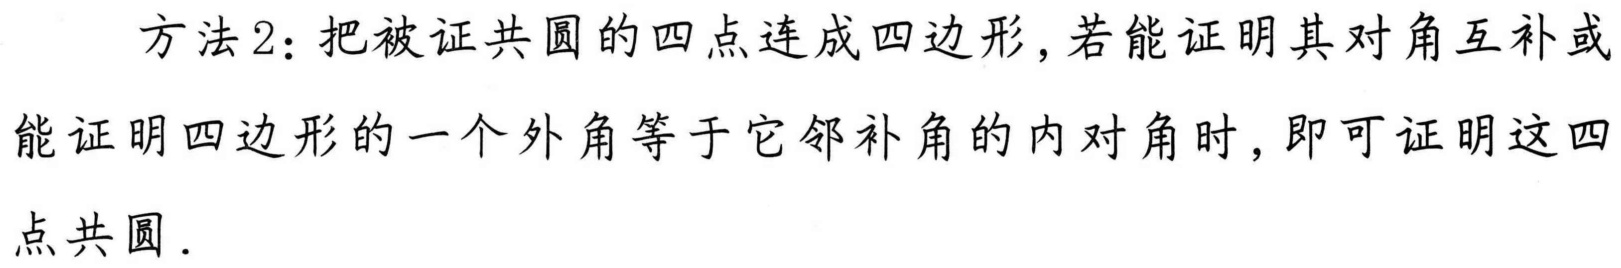
方法2：把被证共圆的四点连成四边形，若能证明其对角互补或能证明四边形的一个外角等于它邻补角的内对角时，即可证明这四点共圆.